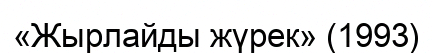
«Жырлайды жүрек» (1993)